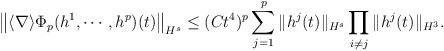
LaTeX: \begin{align*}\big\|\langle\nabla\rangle\Phi_p(h^1,\cdots,h^p)(t)\big\|_{H^s}\leq (Ct^4)^{p}\sum_{j=1}^p\|h^j(t)\|_{H^s}\prod_{i\neq j}\|h^j(t)\|_{H^3}.\end{align*}